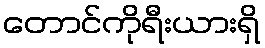
တောင်ကိုရီးယားရှိ